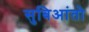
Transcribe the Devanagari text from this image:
सुबिआंतो